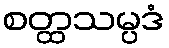
စတ္ထသမ္ပဒံ